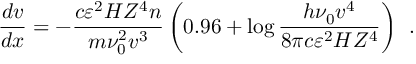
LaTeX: \qquad \qquad \qquad \qquad \qquad \frac { d v } { d x } = - \frac { c \varepsilon ^ { 2 } H Z ^ { 4 } n } { m \nu _ { 0 } ^ { 2 } v ^ { 3 } } \left( { 0 . 9 6 + \log \frac { h \nu _ { 0 } v ^ { 4 } } { 8 \pi c \varepsilon ^ { 2 } H Z ^ { 4 } } } \right) ~ ~ . \qquad \qquad \qquad \qquad ( 1 7 ^ { \prime } )